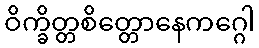
ဝိက္ခိတ္တစိတ္တောနေကဂ္ဂေါ